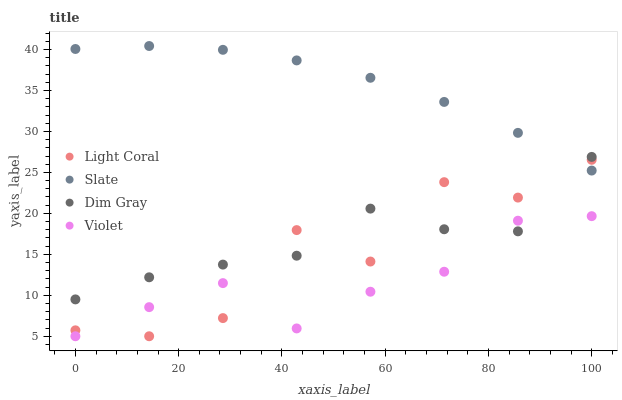
| xaxis_label | Light Coral | Slate | Dim Gray | Violet |
 | --- | --- | --- | --- | --- |
 | 0 | 5.72 | 40.1 | 9.5 | 5 |
 | 14.3 | 5 | 40.4 | 12.2 | 8.55 |
 | 28.6 | 7.22 | 40 | 13.7 | 11.5 |
 | 42.9 | 18 | 38.7 | 14.8 | 5.95 |
 | 57.1 | 14.1 | 36.6 | 20.6 | 10.4 |
 | 71.4 | 23.8 | 33.6 | 18.1 | 12.9 |
 | 85.7 | 21.9 | 29.8 | 17.8 | 19.1 |
 | 100 | 26.5 | 25.2 | 26.9 | 19.7 |